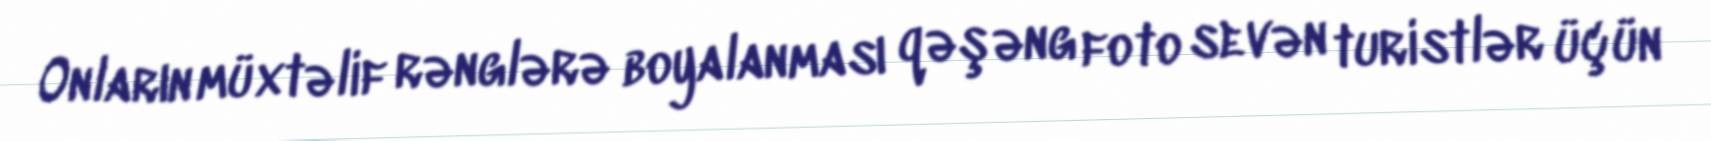
Onların müxtəlif rənglərə boyalanması qəşəng foto sevən turistlər üçün